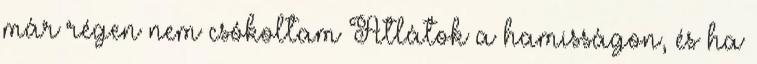
már régen nem csókoltam Átlátok a hamisságon, és ha